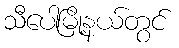
သီပေါမြို့နယ်တွင်